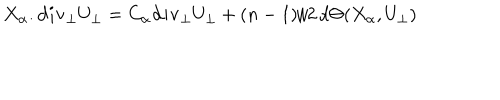
LaTeX: X _ { \alpha } . { \bf d i v _ { \perp } } U _ { \perp } = C _ { \alpha } { \bf d i v _ { \perp } } U _ { \perp } + ( n - 1 ) / 2 \, d \Theta ( X _ { \alpha } , U _ { \perp } )